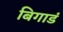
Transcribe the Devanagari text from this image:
बिगाडं